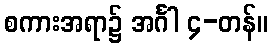
စကားအရာ၌ အင်္ဂါ ၄-တန်။